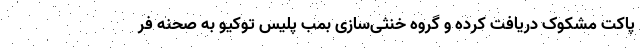
پاکت مشکوک دریافت کرده و گروه خنثی‌سازی بمب پلیس توکیو به صحنه فر